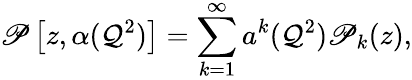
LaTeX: \mathscr{P}\left[z,\alpha(\mathcal{Q}^{2})\right]=\sum_{k=1}^{\infty}a^{k}(\mathcal{Q}^{2})\mathscr{P}_{k}(z),